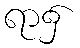
ရာ၌